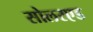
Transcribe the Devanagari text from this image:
सोलरएड